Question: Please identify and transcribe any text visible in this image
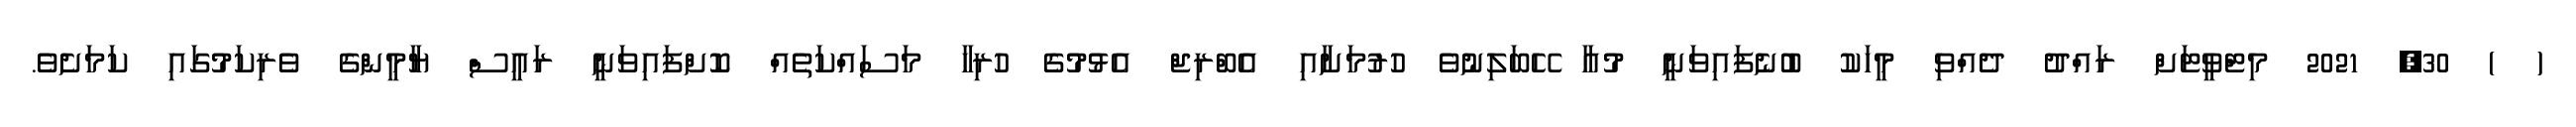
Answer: ( ) 30, 2021 މިޓްވީޓަށް ރައްދު ދެއްވި މީހަކު ބުނެފައިވަނީ މުއާ ހޭބަލިނުވެ ހުރުމަށާއި އެބްރިޖް އެޅުމުގެ ހުރިހާ މަސައްކަތެއް ކޮށްފައިވަނީ ރައީސް ޔާމީންގެ ވެރިކަމުގައި ކަމަށެވެ.